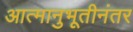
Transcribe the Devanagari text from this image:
आत्मानुभूतीनंतर